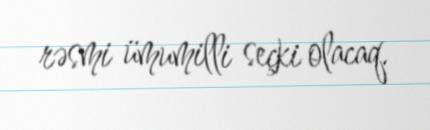
rəsmi ümumilli seçki olacaq.